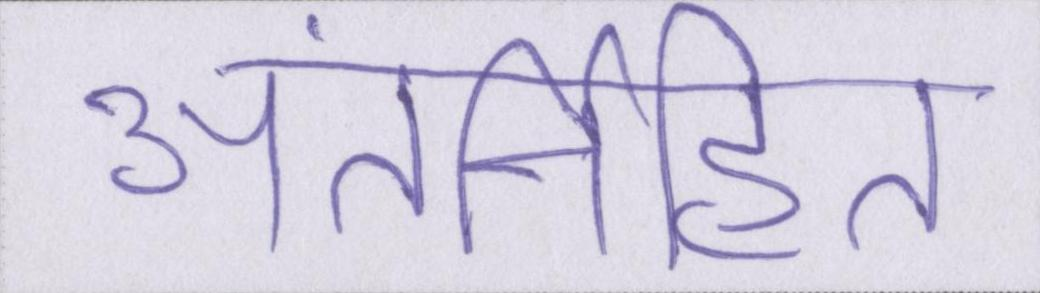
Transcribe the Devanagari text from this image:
अंतर्निहित